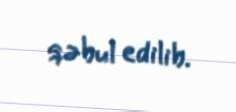
qəbul edilib.